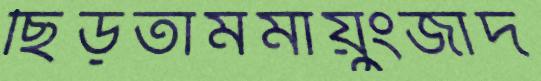
ছিঁড়তামমায়ুংজাদ